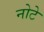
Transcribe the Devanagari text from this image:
नोटे